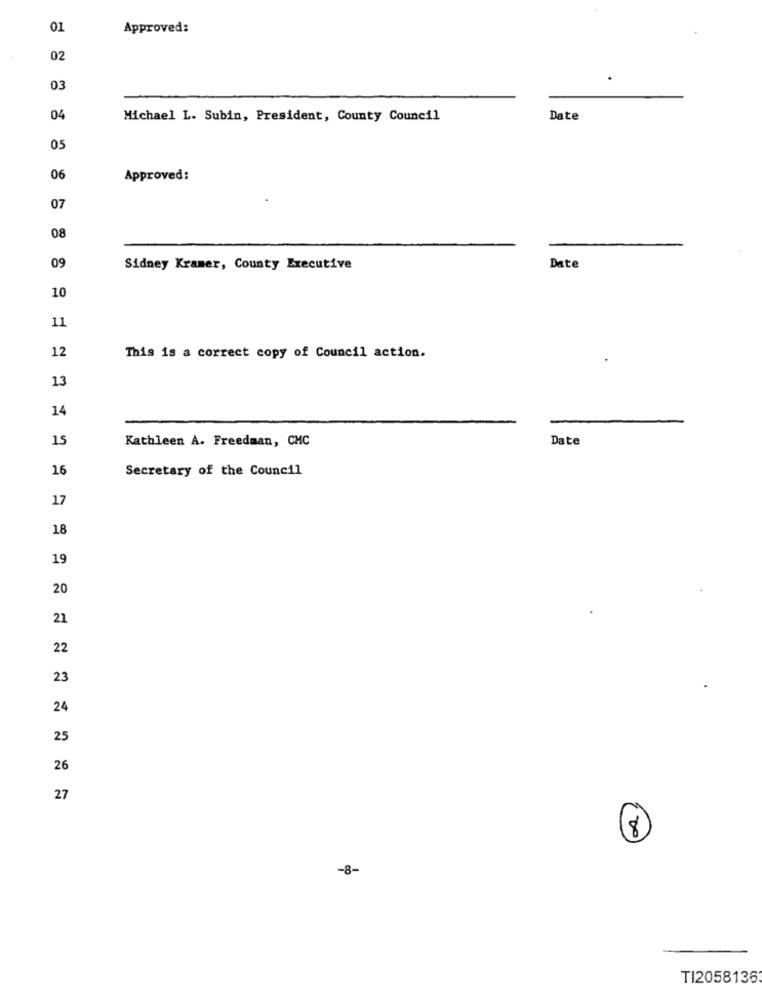
01
Approved:
02
03
04
Michael L. Subin, President, County Council
Date
05
06
Approved:
07
08
09
Sidney Kramer, County Executive
Date
10
11
12
This is a correct copy of Council action.
13
14
15
Date
Kathleen A. Freedman, CMC
16
Secretary of the Council
17
18
19
20
21
22
23
24
25
26
27
100
-8-
TI2058136